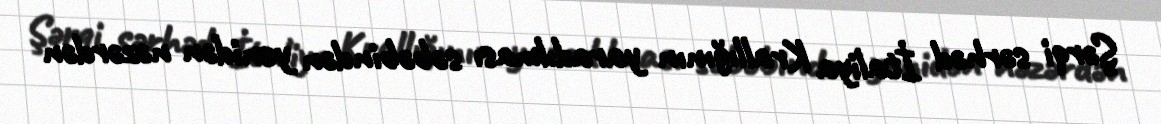
Şərqi sərhəd İtaliya Krallığının yaradılması səbəbindən yenidən nəzərdən